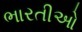
ભારતીઓ